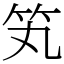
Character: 笂